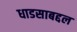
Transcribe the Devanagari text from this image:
धाडसाबद्दल